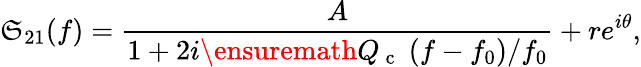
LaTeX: \mathfrak{S}_{21}(f)=\frac{{A}}{{1+2i\ensuremath{{Q_{\mathrm{{~c~}}}}}\; (f-f_{0})/f_{0}}}+re^{i\theta},